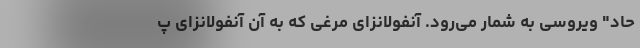
حاد" ویروسی به شمار می‌رود. آنفولانزای مرغی که به آن آنفولانزای پ